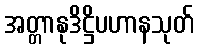
အတ္တာနုဒိဋ္ဌိပဟာနသုတ်